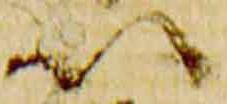
以